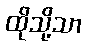
ထိုသို့သာ